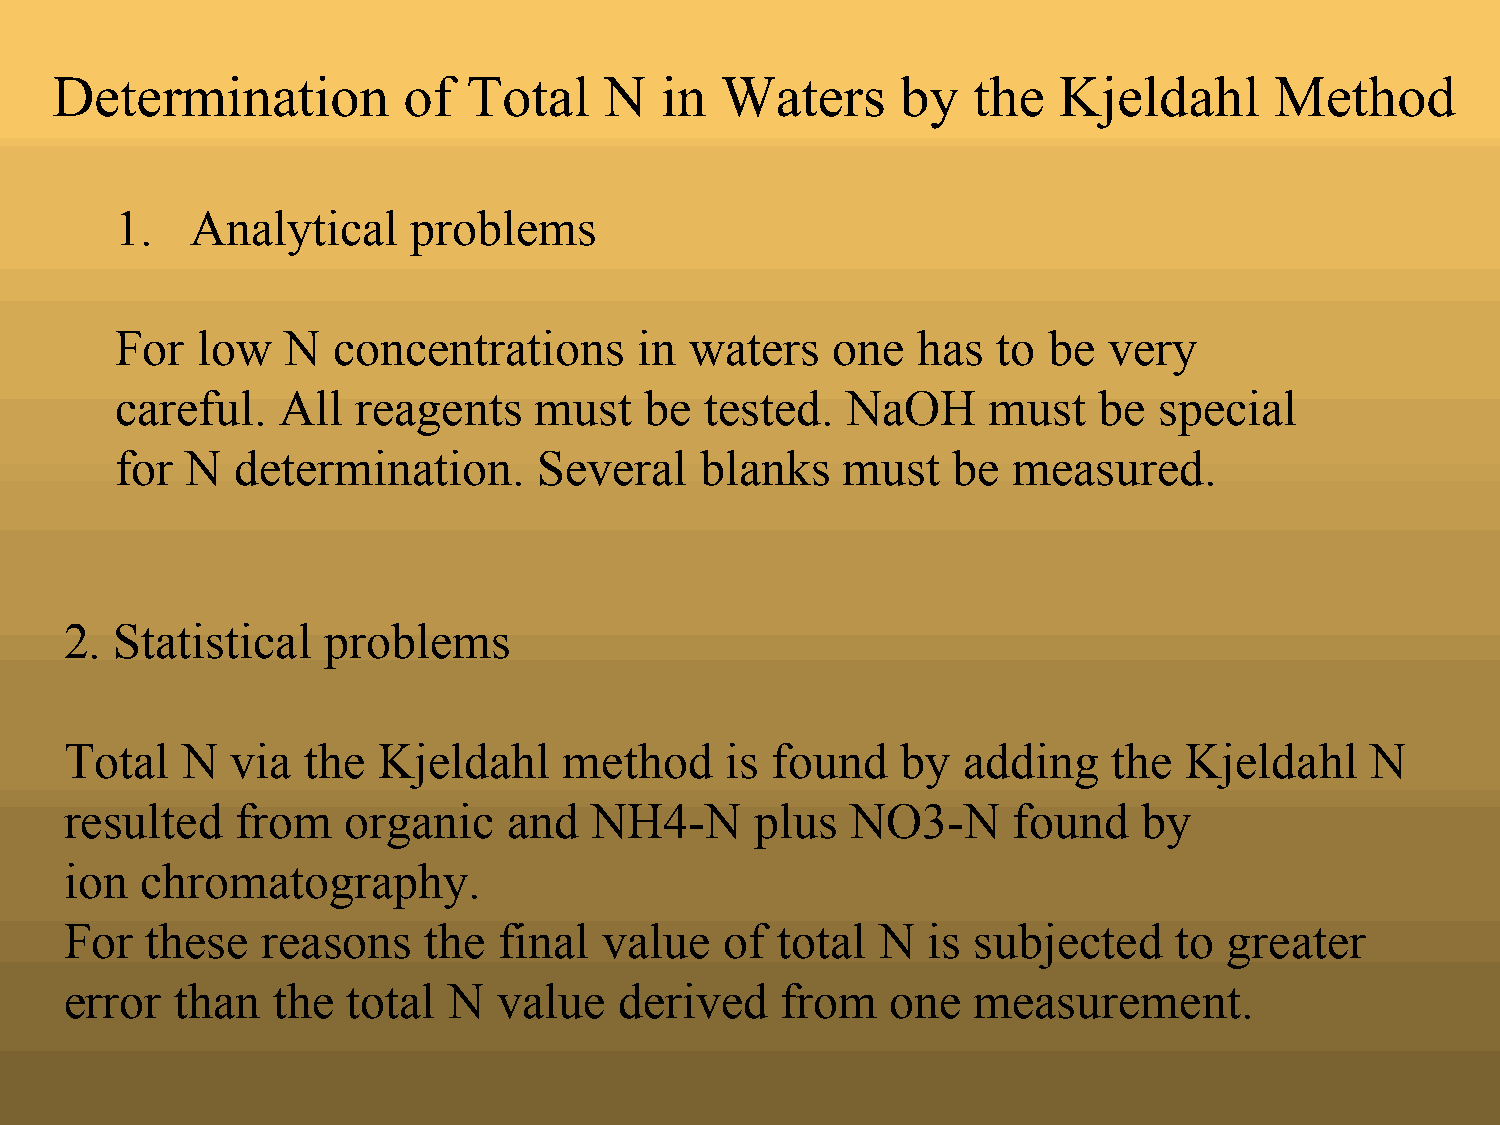
Determination           of  Total    N   in  Waters      by  the   Kjeldahl      Method
 1.   Analytical    problems
 For  low   N  concentrations      in  waters   one   has  to be  very
 careful.  All   reagents   must    be  tested.  NaOH     must    be  special
 for N  determination.       Several   blanks    must   be  measured.
 2.  Statistical  problems
 Total   N  via  the  Kjeldahl    method     is found    by  adding    the Kjeldahl     N
 resulted    from   organic    and  NH4-N      plus  NO3-N      found    by
 ion  chromatography.
 For   these  reasons    the  final  value   of total  N  is subjected     to greater
 error   than  the  total  N  value   derived    from   one   measurement.